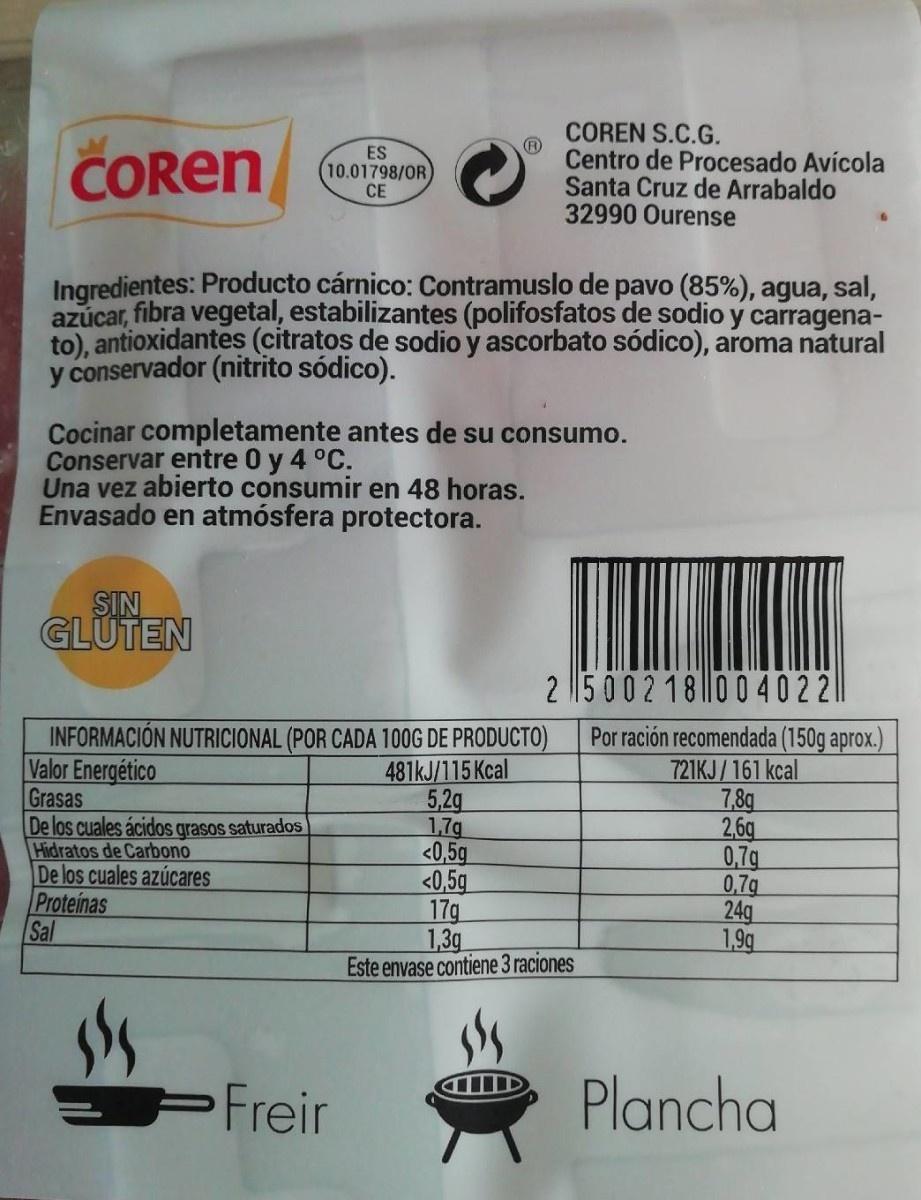
COREN S.C.G. Centro de Procesado Avícola Santa Cruz de Arrabaldo 32990 Ourense
COREN
ES 10.01798/OR СЕ
Ingredientes: Producto cárnico: Contramuslo de pavo (85%), agua, sal, azúcar, fibra vegetal, estabilizantes (polifosfatos de sodio y carragena- to), antioxidantes (citratos de sodio y ascorbato sódico), aroma natural y conservador (nitrito sódico).
Cocinar completamente antes de su consumo. Conservar entre 0 y 4 °C. Una vez abierto consumir en 48 horas. Envasado en atmósfera protectora.
SIN GLÜTEN
2 15 0 0 2 18 |0 0 40221
INFORMACIÓN NUTRICIONAL (POR CADA 100G DE PRODUCTO) Valor Energético Grasas De los cuales ácidos grasos saturados Hidratos de Carbono De
481KJ/115 Kcal 5,2g 1,7g <0,5g <0,5g 17g 1,3g Este envase contiene 3 raciones
Por ración recomendada (150g aprox.) 721KJ/161 kcal 7,8g 2,6g 0,7g 0,7g 24q 1,9g
cuales azúcares Proteinas Sal
Freir
Plancha